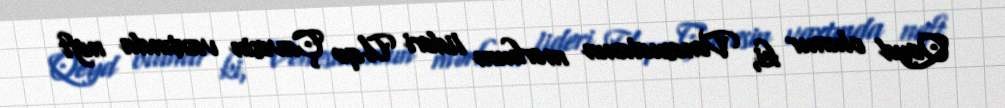
Qeyd olunur ki, Venesuelanın mərhum lideri Uqo Çavesin vaxtında neft